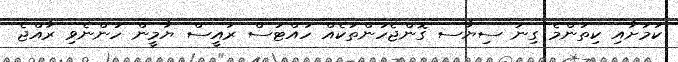
ކަމަށާއި ކިތަންމެ ގިނަ ސިޔާސ ގޮންޖެހުންތަކެއް ހުއްޓަސް ރައީސް ޔާމީން ހުންނެވި ރާއްޖެ